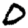
Digit: 0